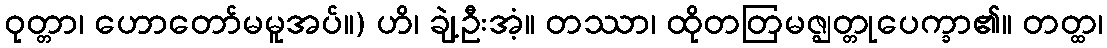
ဝုတ္တာ၊ ဟောတော်မမူအပ်။) ဟိ၊ ချဲ့ဦးအံ့။ တဿာ၊ ထိုတတြမဇ္ဈတ္တုပေက္ခာ၏။ တတ္ထ၊